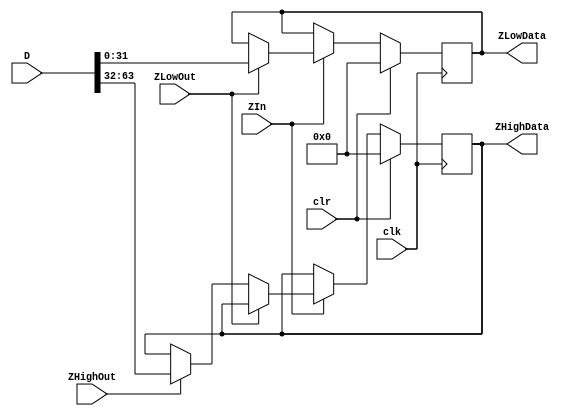
module z_reg_64 (
	output reg [31:0] ZHighData, ZLowData,
	input [63:0] D,
	input ZIn, ZLowOut, ZHighOut, clr, clk
);
	always @ (posedge clk) 
		if(clr) begin
			ZHighData = 32'h00000000;
			ZLowData = 32'h00000000;
		end 
		else if(ZIn) begin
			if(ZLowOut)
				ZLowData=D[31:0];
			else if(ZHighOut)
				ZHighData=D[63:32];
				
		end
endmodule